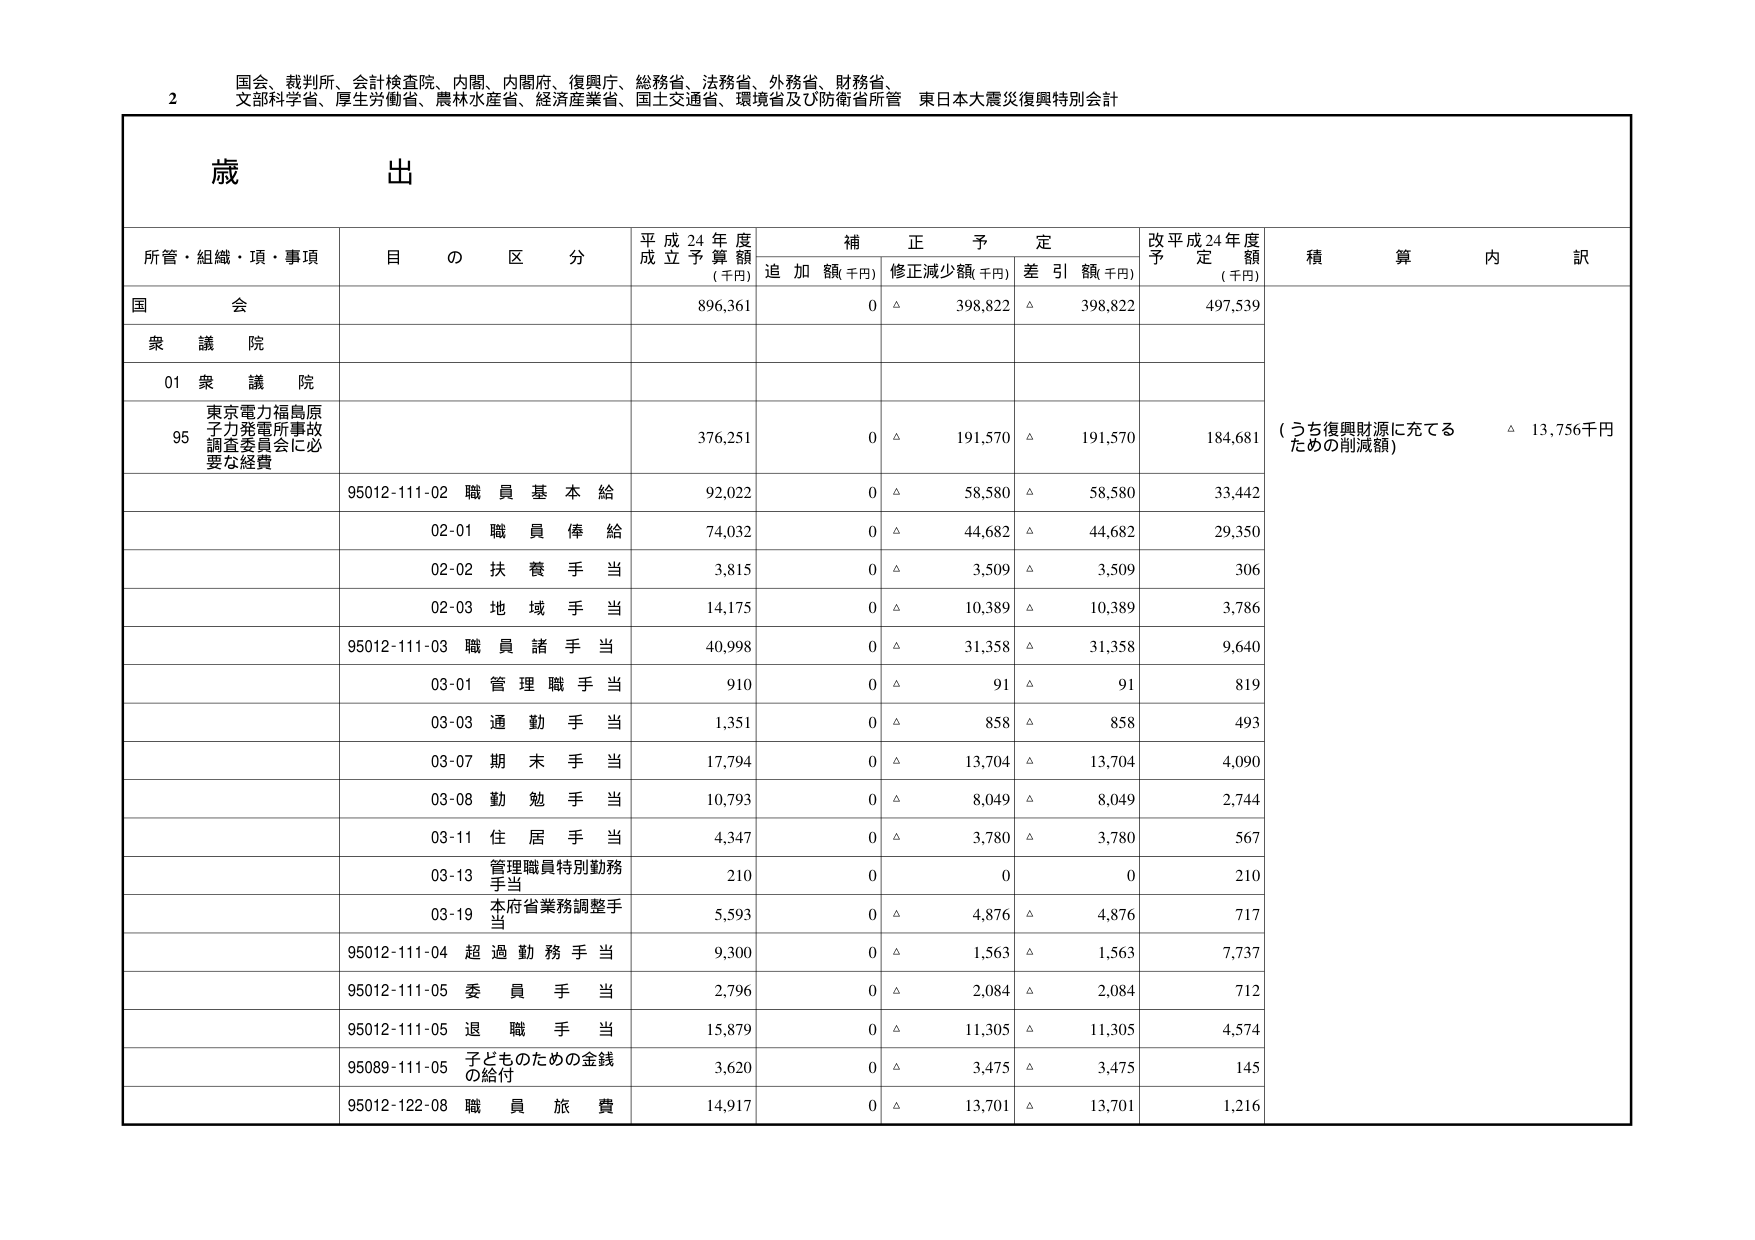
2 国会、裁判所、会計検査院、内閣、内閣府、復興庁、総務省、法務省、外務省、財務省、
文部科学省、厚生労働省、農林水産省、経済産業省、国土交通省、環境省及び防衛省所管 東日本大震災復興特別会計

歳 出

所管・組織・項・事項 目 の 区 分 平成24年度 成立予算額 (千円) 補正予定 追加額(千円) 修正減少額(千円) 差引額(千円) 改平成24年度 予定額 (千円) 積算内訳

国会 896,361 0 △ 398,822 △ 398,822 497,539

衆議院

01 衆議院

95 東京電力福島原子力発電所事故 調査委員会に必要な経費 376,251 0 △ 191,570 △ 191,570 184,681 (うち復興財源に充てる ための削減額) △ 13,756千円

95012-111-02 職員基本給 92,022 0 △ 58,580 △ 58,580 33,442

02-01 職員俸給 74,032 0 △ 44,682 △ 44,682 29,350

02-02 扶養手当 3,815 0 △ 3,509 △ 3,509 306

02-03 地域手当 14,175 0 △ 10,389 △ 10,389 3,786

95012-111-03 職員諸手当 40,998 0 △ 31,358 △ 31,358 9,640

03-01 管理職手当 910 0 △ 91 △ 91 819

03-03 通勤手当 1,351 0 △ 858 △ 858 493

03-07 期末手当 17,794 0 △ 13,704 △ 13,704 4,090

03-08 勤勉手当 10,793 0 △ 8,049 △ 8,049 2,744

03-11 住居手当 4,347 0 △ 3,780 △ 3,780 567

03-13 管理職員特別勤務手当 210 0 0 0 210

03-19 本府省業務調整手当 5,593 0 △ 4,876 △ 4,876 717

95012-111-04 超過勤務手当 9,300 0 △ 1,563 △ 1,563 7,737

95012-111-05 委員手当 2,796 0 △ 2,084 △ 2,084 712

95012-111-05 退職手当 15,879 0 △ 11,305 △ 11,305 4,574

95089-111-05 子どものための金銭の給付 3,620 0 △ 3,475 △ 3,475 145

95012-122-08 職員旅費 14,917 0 △ 13,701 △ 13,701 1,216